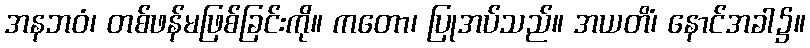
အနဘဝံ၊ တစ်ဖန်မဖြစ်ခြင်းကို။ ကတော၊ ပြုအပ်သည်။ အယတိံ၊ နောင်အခါ၌။